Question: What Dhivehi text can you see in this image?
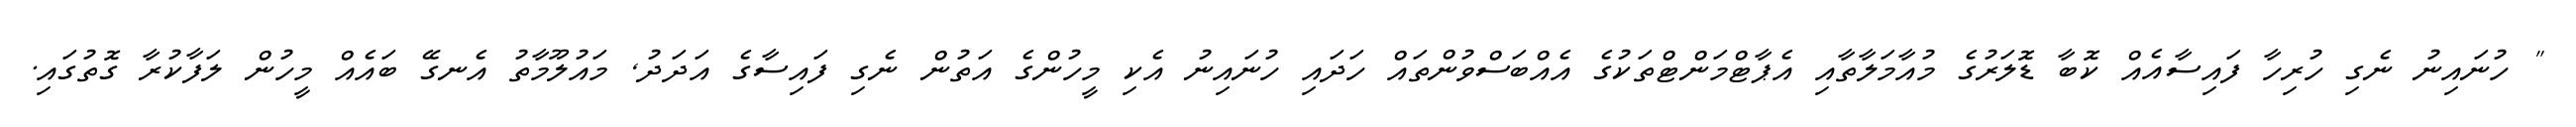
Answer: " ހުނައިނު ނެގި ހުރިހާ ފައިސާއެއް ކޮބާ ޑޮލަރުގެ މުއާމަލާތާއި އެޕާޓްމަންޓްތަކުގެ އެއްބަސްވުންތައް ހަދައި ހުނައިނު އެކި މީހުންގެ އަތުން ނެގި ފައިސާގެ އަދަދު, މައުލޫމާތު އެނގޭ ބައެއް މީހުން ލަފާކުރާ ގޮތުގައި.